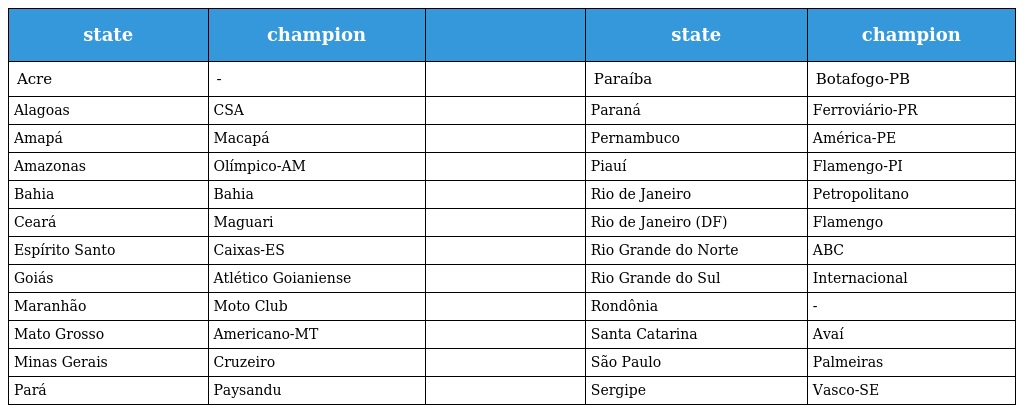
| state | champion |  | state | champion |
 | --- | --- | --- | --- | --- |
 | Acre | - |  | Paraíba | Botafogo-PB |
 | Alagoas | CSA |  | Paraná | Ferroviário-PR |
 | Amapá | Macapá |  | Pernambuco | América-PE |
 | Amazonas | Olímpico-AM |  | Piauí | Flamengo-PI |
 | Bahia | Bahia |  | Rio de Janeiro | Petropolitano |
 | Ceará | Maguari |  | Rio de Janeiro (DF) | Flamengo |
 | Espírito Santo | Caixas-ES |  | Rio Grande do Norte | ABC |
 | Goiás | Atlético Goianiense |  | Rio Grande do Sul | Internacional |
 | Maranhão | Moto Club |  | Rondônia | - |
 | Mato Grosso | Americano-MT |  | Santa Catarina | Avaí |
 | Minas Gerais | Cruzeiro |  | São Paulo | Palmeiras |
 | Pará | Paysandu |  | Sergipe | Vasco-SE |